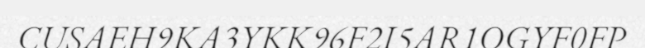
CUSAEH9KA3YKK96F2I5AR1OGYF0FP